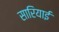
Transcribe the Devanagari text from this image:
सारियाई